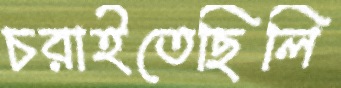
চরাইতেছিলি